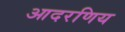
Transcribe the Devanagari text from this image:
आदरणिय